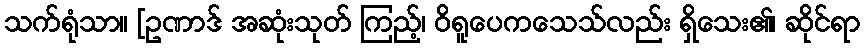
သက်ရုံသာ။ [ဥဏာဒ် အဆုံးသုတ် ကြည့်၊ ဝိရူပေကသေသ်လည်း ရှိသေး၏၊ ဆိုင်ရာ